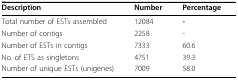
<table><thead><tr><td><b>Description</b></td><td><b>Number</b></td><td><b>Percentage</b></td></tr></thead><tbody><tr><td>Total number of ESTs assembled</td><td>12084</td><td><b>-</b></td></tr><tr><td>Number of contigs</td><td>2258</td><td>-</td></tr><tr><td>Number of ESTs in contigs</td><td>7333</td><td>60.6</td></tr><tr><td>No. of ETS as singletons</td><td>4751</td><td>39.3</td></tr><tr><td>Number of unique ESTs (unigenes)</td><td>7009</td><td>58.0</td></tr></tbody></table>